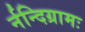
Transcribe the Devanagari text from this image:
र्नन्दिग्रामः